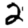
Digit: 2